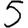
Digit: 5